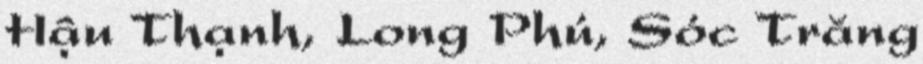
Hậu Thạnh, Long Phú, Sóc Trăng